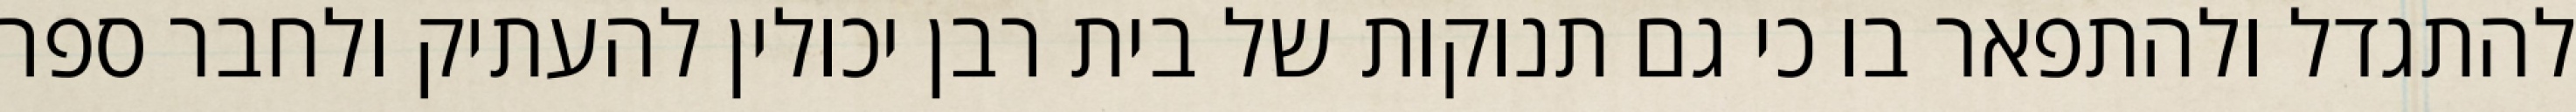
להתגדל ולהתפאר בו כי גם תנוקות של בית רבן יכולין להעתיק ולחבר ספר